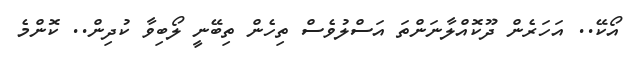
އޯކޭ.. އަހަރެން ދޫކޮއްލާނަންތަ އަސްލުވެސް ތިހެން ތިބޭނީ ލޯބިވާ ކުދިން.. ކޮންމެ